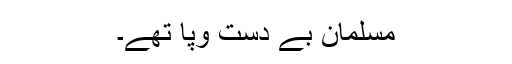
مسلمان بے دست وپا تھے۔